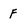
Character: F